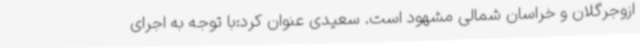
ازوجرگلان و خراسان شمالی مشهود است. سعیدی عنوان کرد:با توجه به اجرای